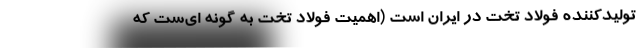
تولیدکننده فولاد تخت در ایران است (اهمیت فولاد تخت به گونه ای‌ست که